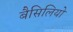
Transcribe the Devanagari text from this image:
बैसिलियो